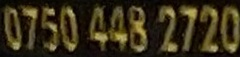
0750 448 2720